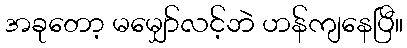
အခုတော့ မမျှော်လင့်ဘဲ ဟန်ကျနေပြီ။